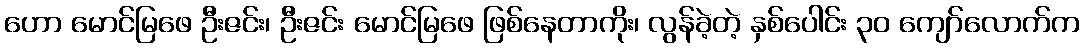
ဟော မောင်မြဖေ ဦးဇင်း၊ ဦးဇင်း မောင်မြဖေ ဖြစ်နေတာကိုး၊ လွန်ခဲ့တဲ့ နှစ်ပေါင်း ၃၀ ကျော်လောက်က